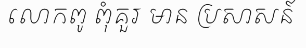
លោកពូ ពុំគួរ មាន ប្រសាសន៍